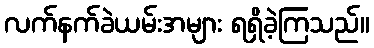
လက်နက်ခဲယမ်းအများ ရရှိခဲ့ကြသည်။